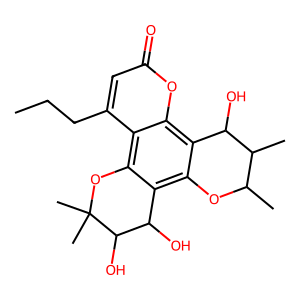
SMILES: CCCc1cc(=O)oc2c3c(c4c(c12)OC(C)(C)C(O)C4O)OC(C)C(C)C3O
Inhibits HIV replication: No